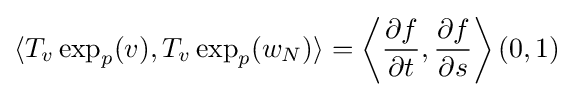
\langle T_{v}\exp _{p}(v),T_{v}\exp _{p}(w_{N})\rangle =\left\langle {\frac {\partial f}{\partial t}},{\frac {\partial f}{\partial s}}\right\rangle (0,1)